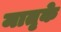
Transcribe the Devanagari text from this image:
मातृके